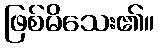
ဖြစ်မိသေး၏။